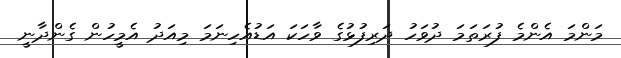
މަންމަ އެންމެ ފުރަތަމަ ދުވަހު ދަރިފުޅުގެ ވާހަކަ އަޑުއެހިނަމަ މިއަދު އެމީހުން ގެންދާނީ